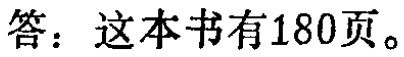
答：这本书有180页。